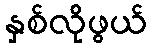
နှစ်လိုဖွယ်